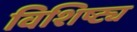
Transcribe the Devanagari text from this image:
विशिष्ट्य